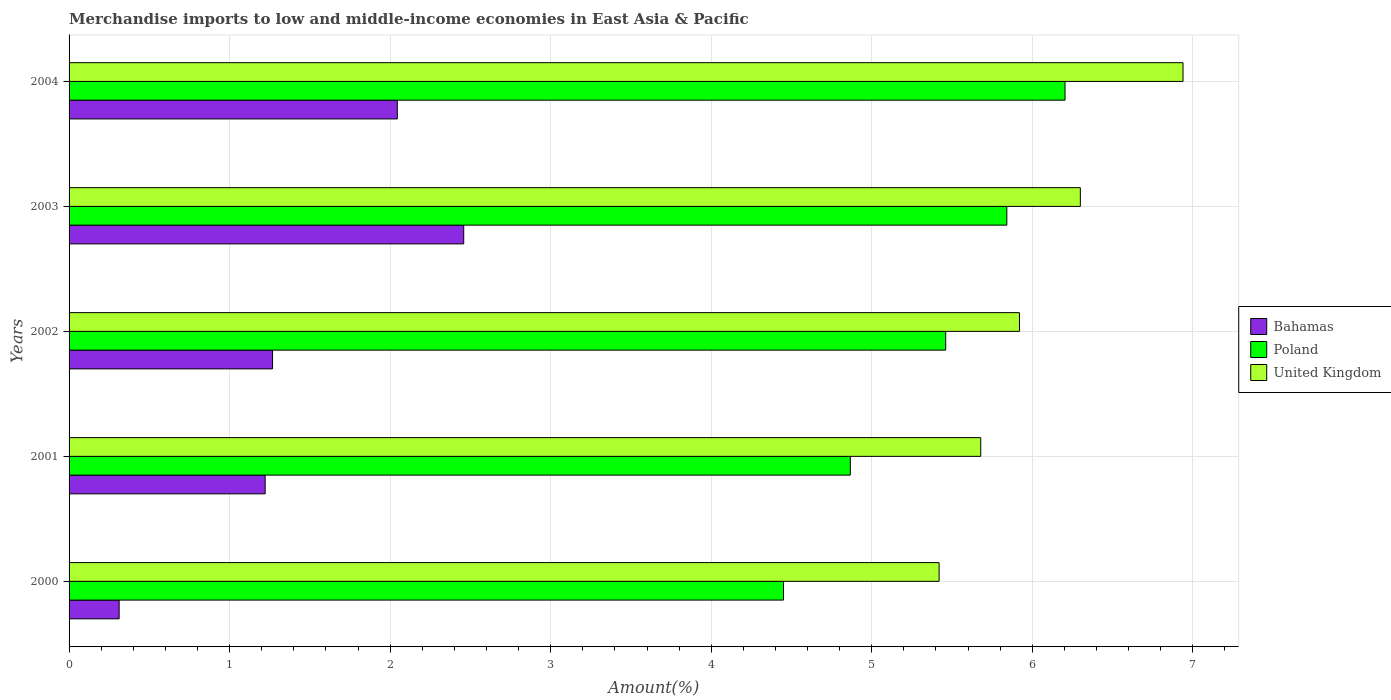
| Years | Bahamas | Poland | United Kingdom |
 | --- | --- | --- | --- |
 | 2000 | 0.312 | 4.45 | 5.42 |
 | 2001 | 1.22 | 4.87 | 5.68 |
 | 2002 | 1.27 | 5.46 | 5.92 |
 | 2003 | 2.46 | 5.84 | 6.3 |
 | 2004 | 2.04 | 6.2 | 6.94 |